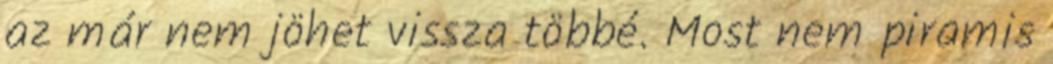
az már nem jöhet vissza többé. Most nem piramis